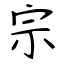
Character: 宗